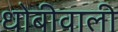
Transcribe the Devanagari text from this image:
धोबीवाली